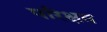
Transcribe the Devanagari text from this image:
परिक्षत